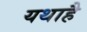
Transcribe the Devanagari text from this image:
यथाहै